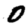
Digit: 0